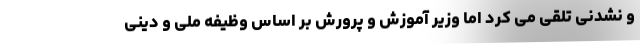
و نشدنی تلقی می کرد اما وزیر آموزش و پرورش بر اساس وظیفه ملی و دینی